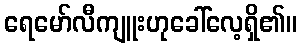
ရေမော်လီကျူးဟုခေါ်လေ့ရှိ၏။